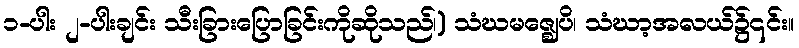
၁-ပါး ၂-ပါးချင်း သီးခြားပြောခြင်းကိုဆိုသည်၊) သံဃမဇ္ဈေပိ၊ သံဃာ့အလယ်၌၎င်း။